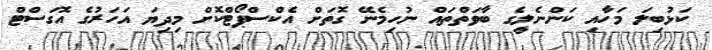
ކަޅުބިލަ މަހާއި ކަންނެލީގެ ބާވަތްތައް ނުހިމެނޭ ގޮތަށް އެކްސްޕޯޓްކޮށް މިދިޔަ އަހަރުގެ އޮގަސްޓް